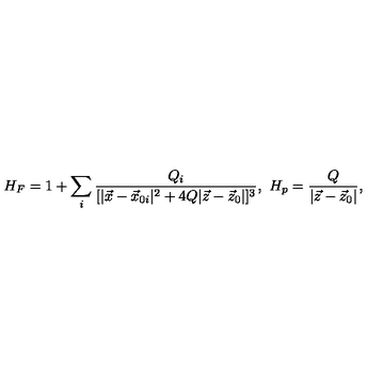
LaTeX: H _ { F } = 1 + \sum _ { i } { \frac { Q _ { i } } { [ | \vec { x } - \vec { x } _ { 0 i } | ^ { 2 } + 4 Q | \vec { z } - \vec { z } _ { 0 } | ] ^ { 3 } } } , \ H _ { p } = { \frac { Q } { | \vec { z } - \vec { z } _ { 0 } | } } ,